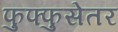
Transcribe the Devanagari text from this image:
फुफ्फुसेतर